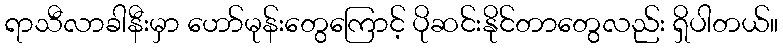
ရာသီလာခါနီးမှာ ဟော်မုန်းတွေကြောင့် ပိုဆင်းနိုင်တာတွေလည်း ရှိပါတယ်။